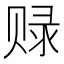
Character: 𲃃